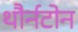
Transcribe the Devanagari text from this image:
थौर्नटोन